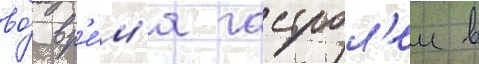
во́ вр'е́м'я гастрол'еи в